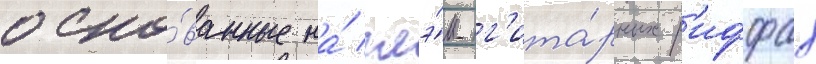
осно́ванные на́ глэ́м-г'ита́рных р'иффах